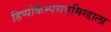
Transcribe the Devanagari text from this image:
हिप्पोकैम्पसएमिग्डाला